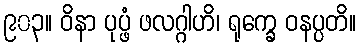
၉၀၃။ ဝိနာ ပုပ္ဖံ ဖလဂ္ဂါဟိ၊ ရုက္ခေ ဝနပ္ပတိ။